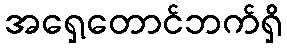
အရှေ့တောင်ဘက်ရှိ